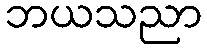
ဘယသညာ